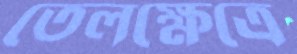
তেলক্ষেত্রে